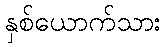
နှစ်ယောက်သား